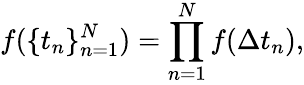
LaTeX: f(\{ t_{n}\} _{n=1}^{N})=\prod_{n=1}^{N}f(\Delta t_{n}),